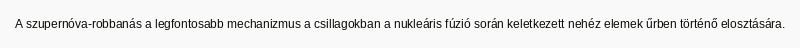
A szupernóva-robbanás a legfontosabb mechanizmus a csillagokban a nukleáris fúzió során keletkezett nehéz elemek űrben történő elosztására.